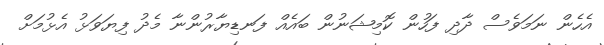
އެހެން ނަމަވެސް ދާދި ފަހުން ކޮމިޝަނުން ބައެއް ފަނޑިޔާރުންނާ މެދު ފިޔަވަޅު އެޅުމަށް